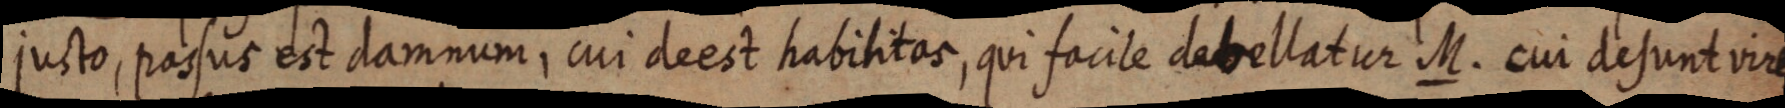
justo, passus est damnum, cui deest habilitas, qui facile debellatur M. cui desunt vires